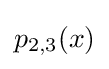
p_{2,3}(x)